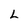
Character: L